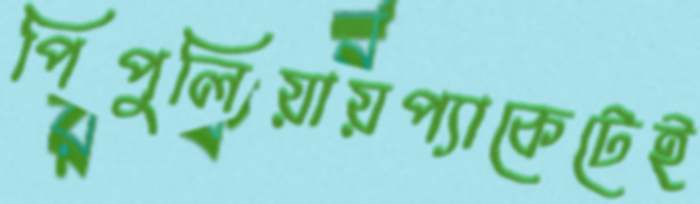
পিপুলিয়ায়প্যাকেটেই